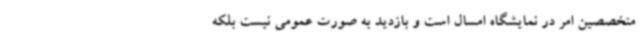
متخصصین امر در نمایشگاه امسال است و بازدید به صورت عمومی نیست بلکه